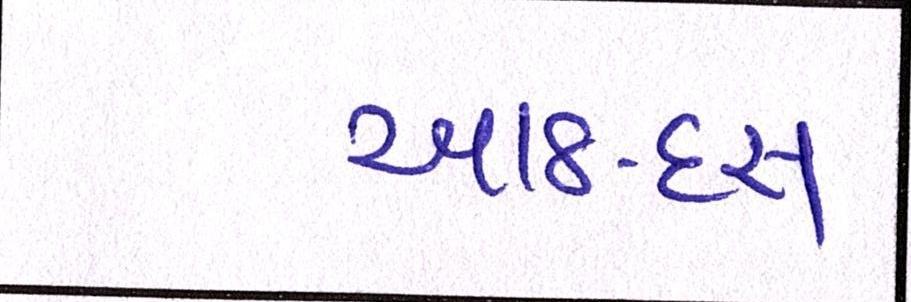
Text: આઠ-દસ